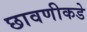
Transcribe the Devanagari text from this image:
छावणीकडे